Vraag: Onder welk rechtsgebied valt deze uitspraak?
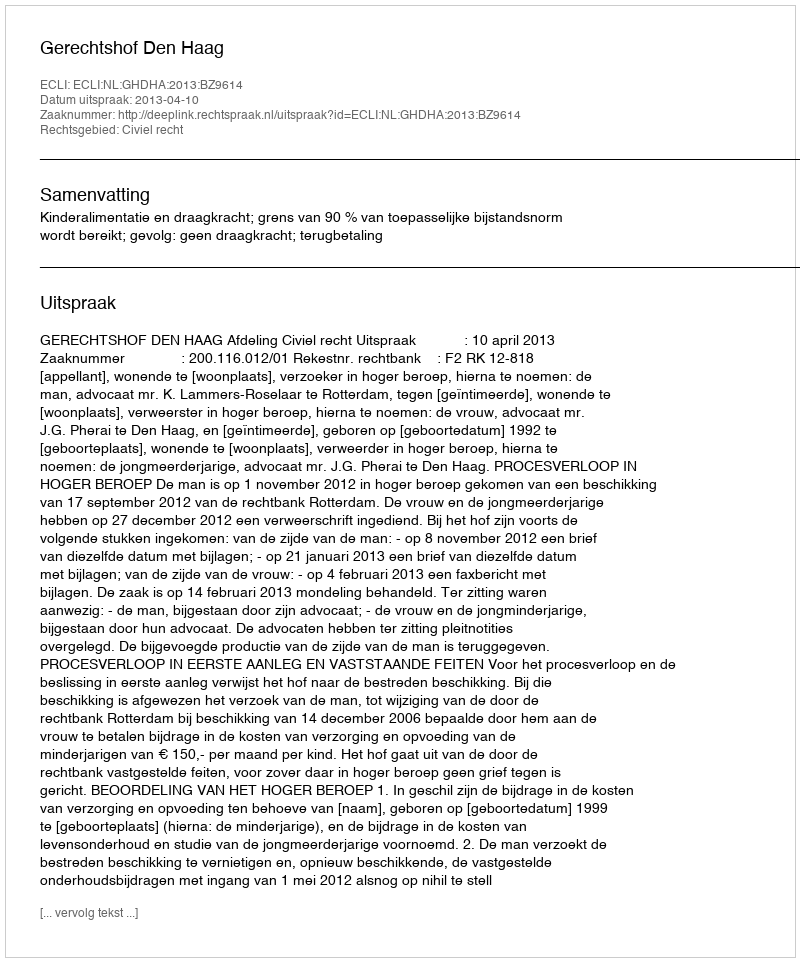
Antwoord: Civiel recht